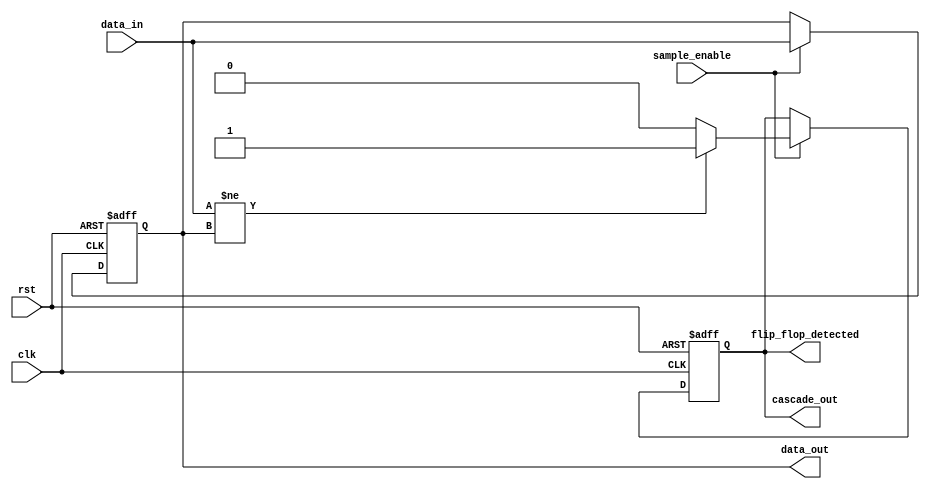
module MemoryBlock (
    input wire clk,
    input wire rst,
    input wire [7:0] data_in, // Example data width
    input wire sample_enable,
    output reg flip_flop_detected,
    output reg [7:0] data_out,
    output wire cascade_out
);

    reg [7:0] memory; // Memory storage (example: 8-bit register)
    
    always @(posedge clk or posedge rst) begin
        if (rst) begin
            memory <= 8'b0;
            flip_flop_detected <= 1'b0;
        end else if (sample_enable) begin
            memory <= data_in;
            // Simple flip-flop detection logic (example condition)
            if (data_in != memory) begin
                flip_flop_detected <= 1'b1; // Condition for detecting flip-flop behavior
            end else begin
                flip_flop_detected <= 1'b0;
            end
        end
    end

    assign data_out = memory;
    assign cascade_out = flip_flop_detected;

endmodule